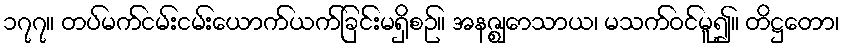
၁၇၇။ တပ်မက်ငမ်းငမ်းယောက်ယက်ခြင်းမရှိစဉ်။ အနဇ္ဈောသာယ၊ မသက်ဝင်မူ၍။ တိဋ္ဌတော၊